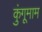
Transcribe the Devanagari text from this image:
कुंगूमाम